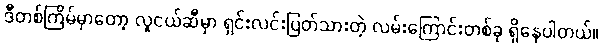
ဒီတစ်ကြိမ်မှာတော့ လူငယ်ဆီမှာ ရှင်းလင်းပြတ်သားတဲ့ လမ်းကြောင်းတစ်ခု ရှိနေပါတယ်။